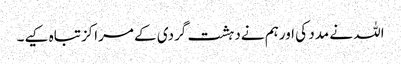
اللہ نے مدد کی اورہم نےدہشت گردی کے مراکزتباہ کیے۔